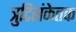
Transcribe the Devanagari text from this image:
त्रुटिसंकेतक